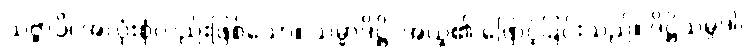
သဗ္ဗာပိ၊ အလုံးစုံလည်းဖြစ်သော။ သမ္မာဒိဋ္ဌိ၊ အယူ၏ ဖြောင့်ခြင်းသည်။ ဒိဋ္ဌိသမ္ပဒါ၊